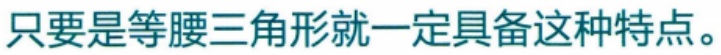
只要是等腰三角形就一定具备这种特点。